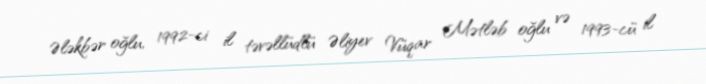
Ələkbər oğlu, 1992-ci il təvəllüdlü Əliyev Vüqar Mətləb oğlu və 1993-cü il